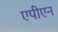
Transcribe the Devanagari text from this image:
एपीएन